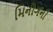
મિનોગની